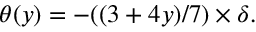
\theta ( y ) = - ( ( 3 + 4 y ) / 7 ) \times \delta .